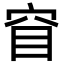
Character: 窅